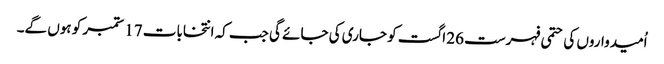
اُمیدواروں کی حتمی فہرست 26 اگست کو جاری کی جائے گی جب کہ انتخابات 17 ستمبر کو ہوں گے۔